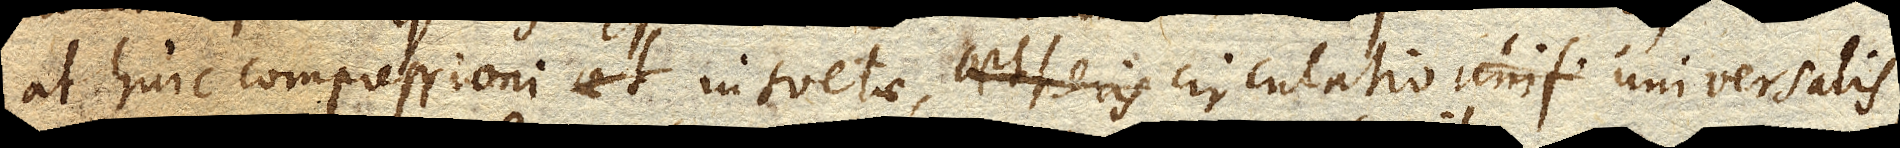
at huic compressioni insuetae, aetheris circulatio unif circulatio universalis,